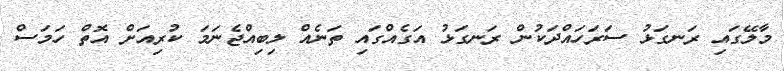
މާލޭގައި ރަނގަޅު ސަރަހައްދަކުން ރަނގަޅު އަގެއްގައި ތަނެއް ލިބިއްޖެނަމަ ކުރިއަށް އޮތް ހަމަސް